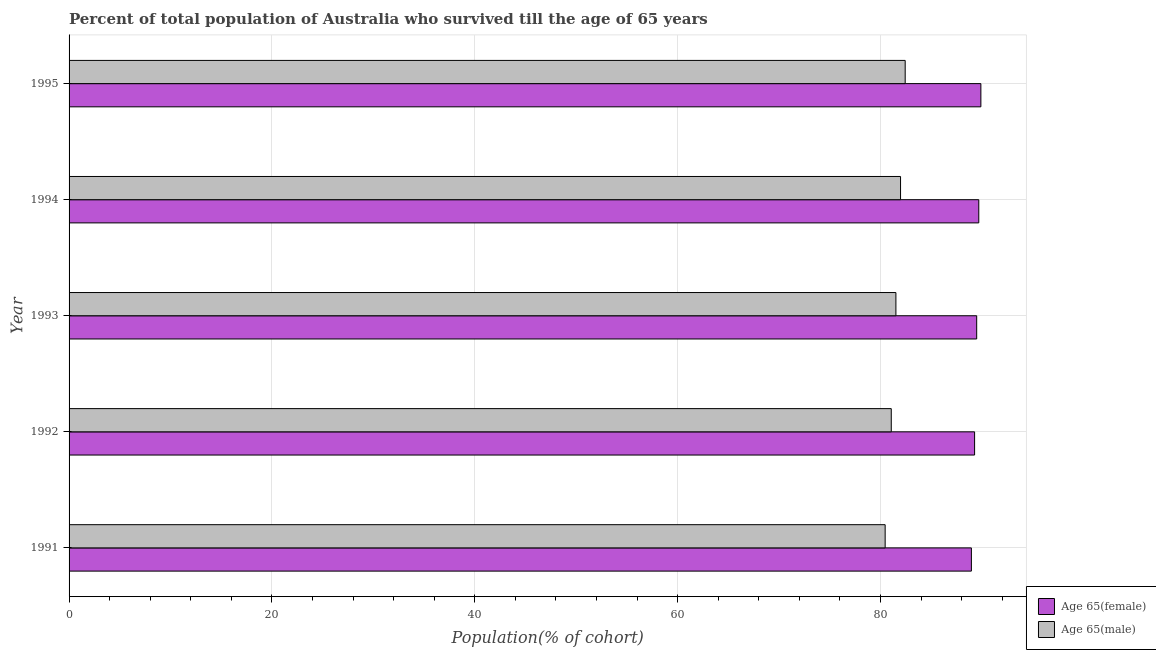
| Year | Age 65(female) | Age 65(male) |
 | --- | --- | --- |
 | 1991 | 89 | 80.5 |
 | 1992 | 89.3 | 81.1 |
 | 1993 | 89.5 | 81.5 |
 | 1994 | 89.7 | 82 |
 | 1995 | 89.9 | 82.4 |